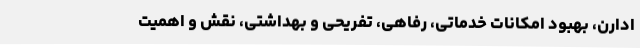
ادارن، بهبود امکانات خدماتی، رفاهی، تفریحی و بهداشتی، نقش و اهمیت